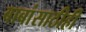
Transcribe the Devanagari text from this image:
बाबांसाठीही